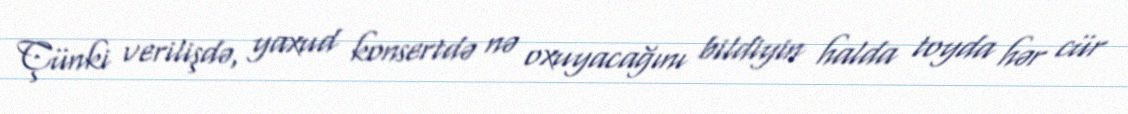
Çünki verilişdə, yaxud konsertdə nə oxuyacağını bildiyin halda toyda hər cür